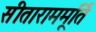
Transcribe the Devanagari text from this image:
सीताराममूर्ति